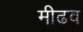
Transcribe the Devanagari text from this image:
मीढव